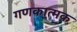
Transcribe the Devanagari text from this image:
गणकात्मक